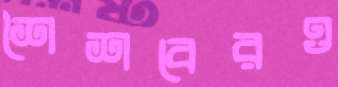
শৈশবেরও